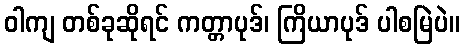
ဝါကျ တစ်ခုဆိုရင် ကတ္တာပုဒ်၊ ကြိယာပုဒ် ပါစမြဲပဲ။